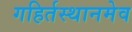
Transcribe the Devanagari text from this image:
गहिर्तस्थानमेव